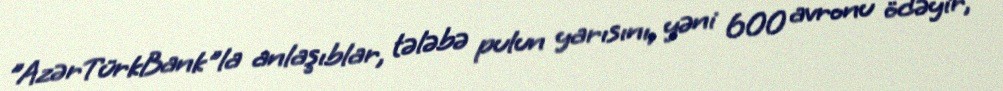
”AzərTürkBank"la anlaşıblar, tələbə pulun yarısını, yəni 600 avronu ödəyir,